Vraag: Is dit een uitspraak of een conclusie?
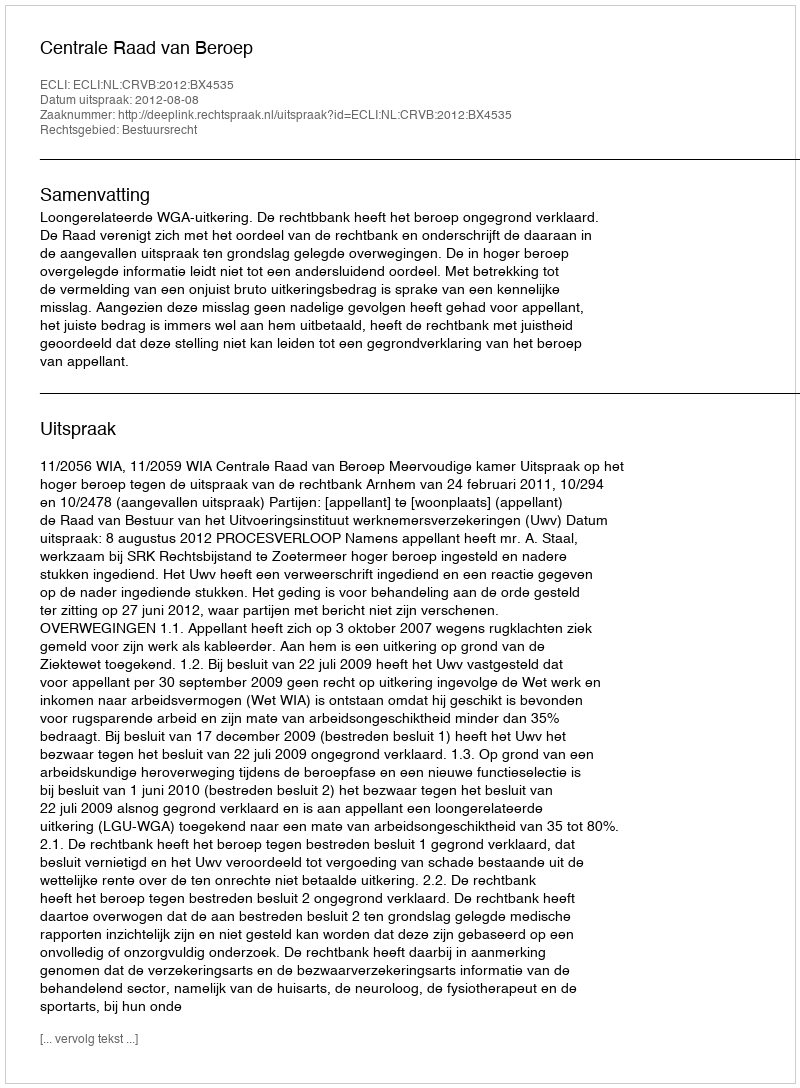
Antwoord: Uitspraak